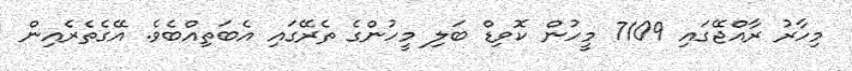
މިހާރު ރާއްޖޭގައި 7109 މީހުން ކޮވިޑް ބަލި މީހުންގެ ތެރޭގައި އެބަތިއްބެވެ. އޭގެތެރެއިން